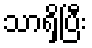
သာရှိပြီး